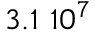
3 . 1 \ 1 0 ^ { 7 }